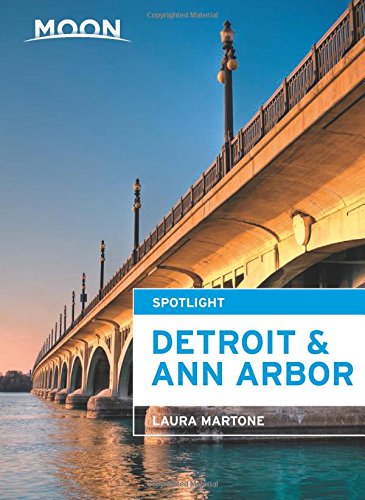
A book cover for Moon Spotlight Detroit & Ann Arbor; Laura Martone; Travel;